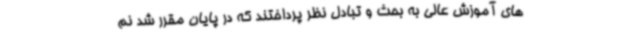
های آموزش عالی به بحث و تبادل نظر پرداختند که در پایان مقرر شد نم